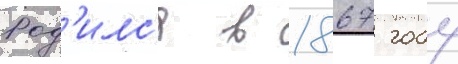
Род'илс'я в 1867 году